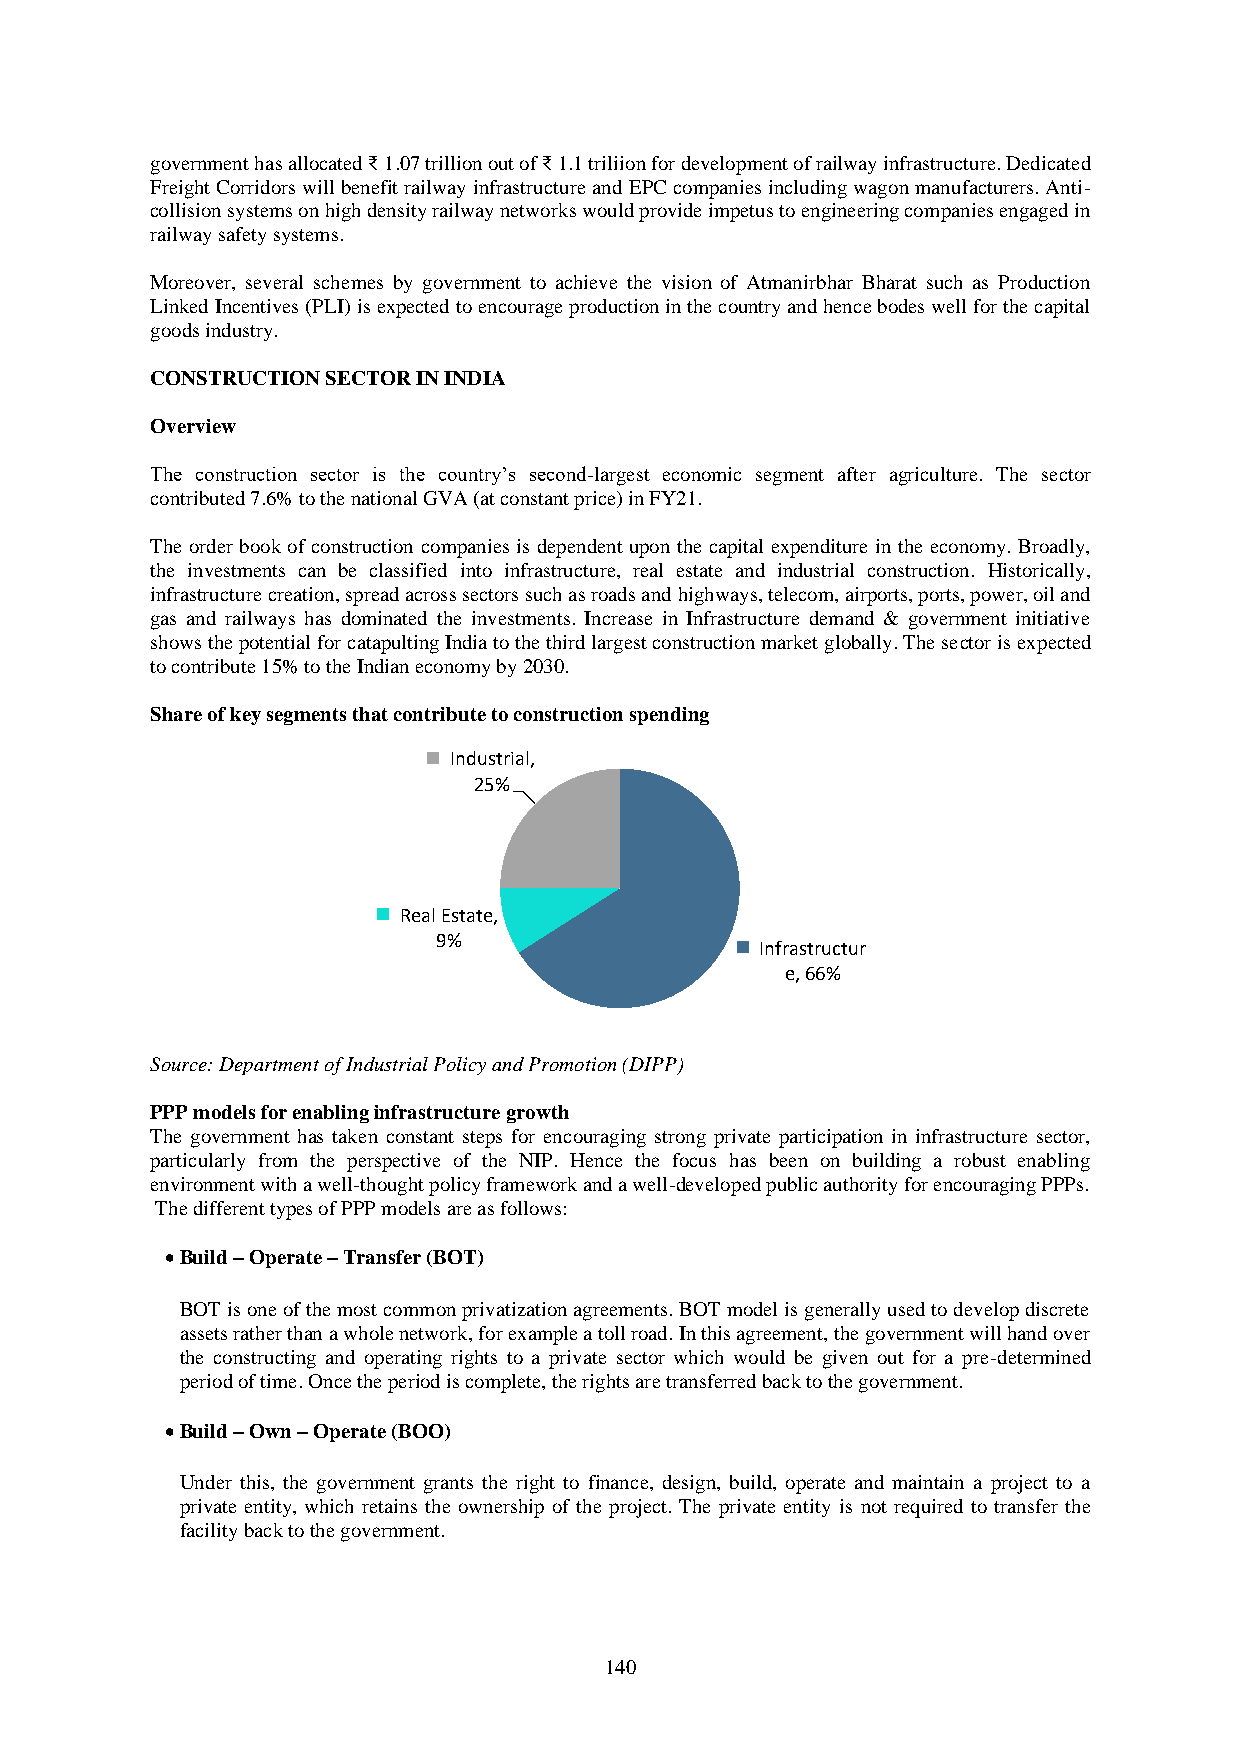
government has allocated ₹ 1.07 trillion out of ₹ 1.1 triliion for development of railway infrastructure. Dedicated
 Freight Corridors will benefit railway infrastructure and EPC companies including wagon manufacturers. Anti-
 collision systems on high density railway networks would provide impetus to engineering companies engaged in
 railway safety systems.
 Moreover, several schemes by government to achieve the vision of Atmanirbhar Bharat such as Production
 Linked Incentives (PLI) is expected to encourage production in the country and hence bodes well for the capital
 goods industry.
 CONSTRUCTION SECTOR IN INDIA
 Overview
 The construction sector is the country’s second-largest economic segment after agriculture. The sector
 contributed 7.6% to the national GVA (at constant price) in FY21.
 The order book of construction companies is dependent upon the capital expenditure in the economy. Broadly,
 the investments can be classified into infrastructure, real estate and industrial construction. Historically,
 infrastructure creation, spread across sectors such as roads and highways, telecom, airports, ports, power, oil and
 gas and railways has dominated the investments. Increase in Infrastructure demand & government initiative
 shows the potential for catapulting India to the third largest construction market globally. The sector is expected
 to contribute 15% to the Indian economy by 2030.
 Share of key segments that contribute to construction spending
 Industrial,
 25%
 Real Estate,
 9%
 Infrastructur
 e, 66%
 Source: Department of Industrial Policy and Promotion (DIPP)
 PPP models for enabling infrastructure growth
 The government has taken constant steps for encouraging strong private participation in infrastructure sector,
 particularly from the perspective of the NIP. Hence the focus has been on building a robust enabling
 environment with a well-thought policy framework and a well-developed public authority for encouraging PPPs.
 The different types of PPP models are as follows:
 • Build – Operate – Transfer (BOT)
 BOT is one of the most common privatization agreements. BOT model is generally used to develop discrete
 assets rather than a whole network, for example a toll road. In this agreement, the government will hand over
 the constructing and operating rights to a private sector which would be given out for a pre-determined
 period of time. Once the period is complete, the rights are transferred back to the government.
 • Build – Own – Operate (BOO)
 Under this, the government grants the right to finance, design, build, operate and maintain a project to a
 private entity, which retains the ownership of the project. The private entity is not required to transfer the
 facility back to the government.
 140